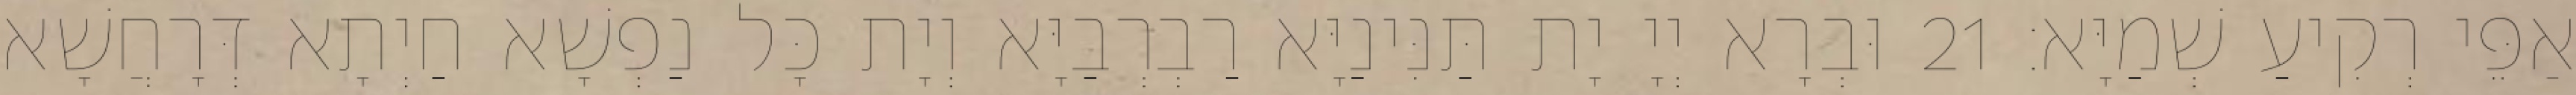
אַפֵּי רְקִיעַ שְׁמַיָּא׃ 21 וּבְרָא יְיָ יָת תַּנִּינַיָּא רַבְרְבַיָּא וְיָת כָּל נַפְשָׁא חַיְתָא דְּרָחֲשָׁא